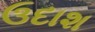
ઉદાશ